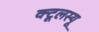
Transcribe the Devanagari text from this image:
क्टूलस्यू